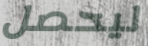
ليحصل